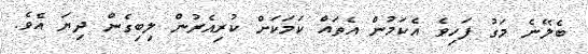
ބެލޭނެ މަގު ފަހިވެ އެކަމުން އެތައް ކަމަކަށް ކުރިއެރުން ލިބިގެން ދިޔަ އެވެ.